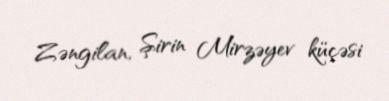
Zəngilan, Şirin Mirzəyev küçəsi